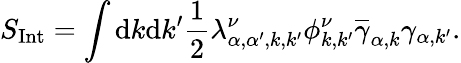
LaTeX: S_{\mathrm{{Int}}}=\int\mathrm{d}k\mathrm{d}k^{\prime}\frac{1}{2}\lambda_{\alpha,\alpha^{\prime},{k},{k^{\prime}}}^{\nu}\phi_{{k},{k^{\prime}}}^{\nu}\overline{{\gamma}}_{\alpha,{k}}\gamma_{\alpha,{k}^{\prime}}.